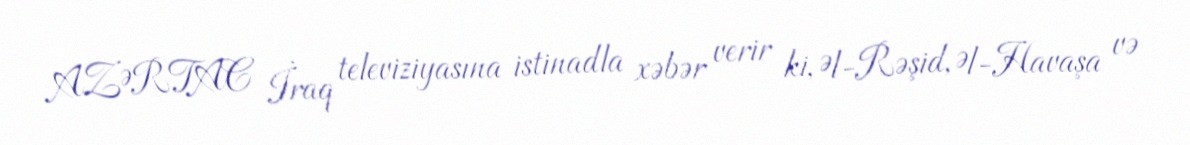
AZƏRTAC İraq televiziyasına istinadla xəbər verir ki, Əl-Rəşid, Əl-Havaşa və